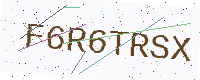
Text: F6R6TRSX